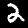
Label: 2